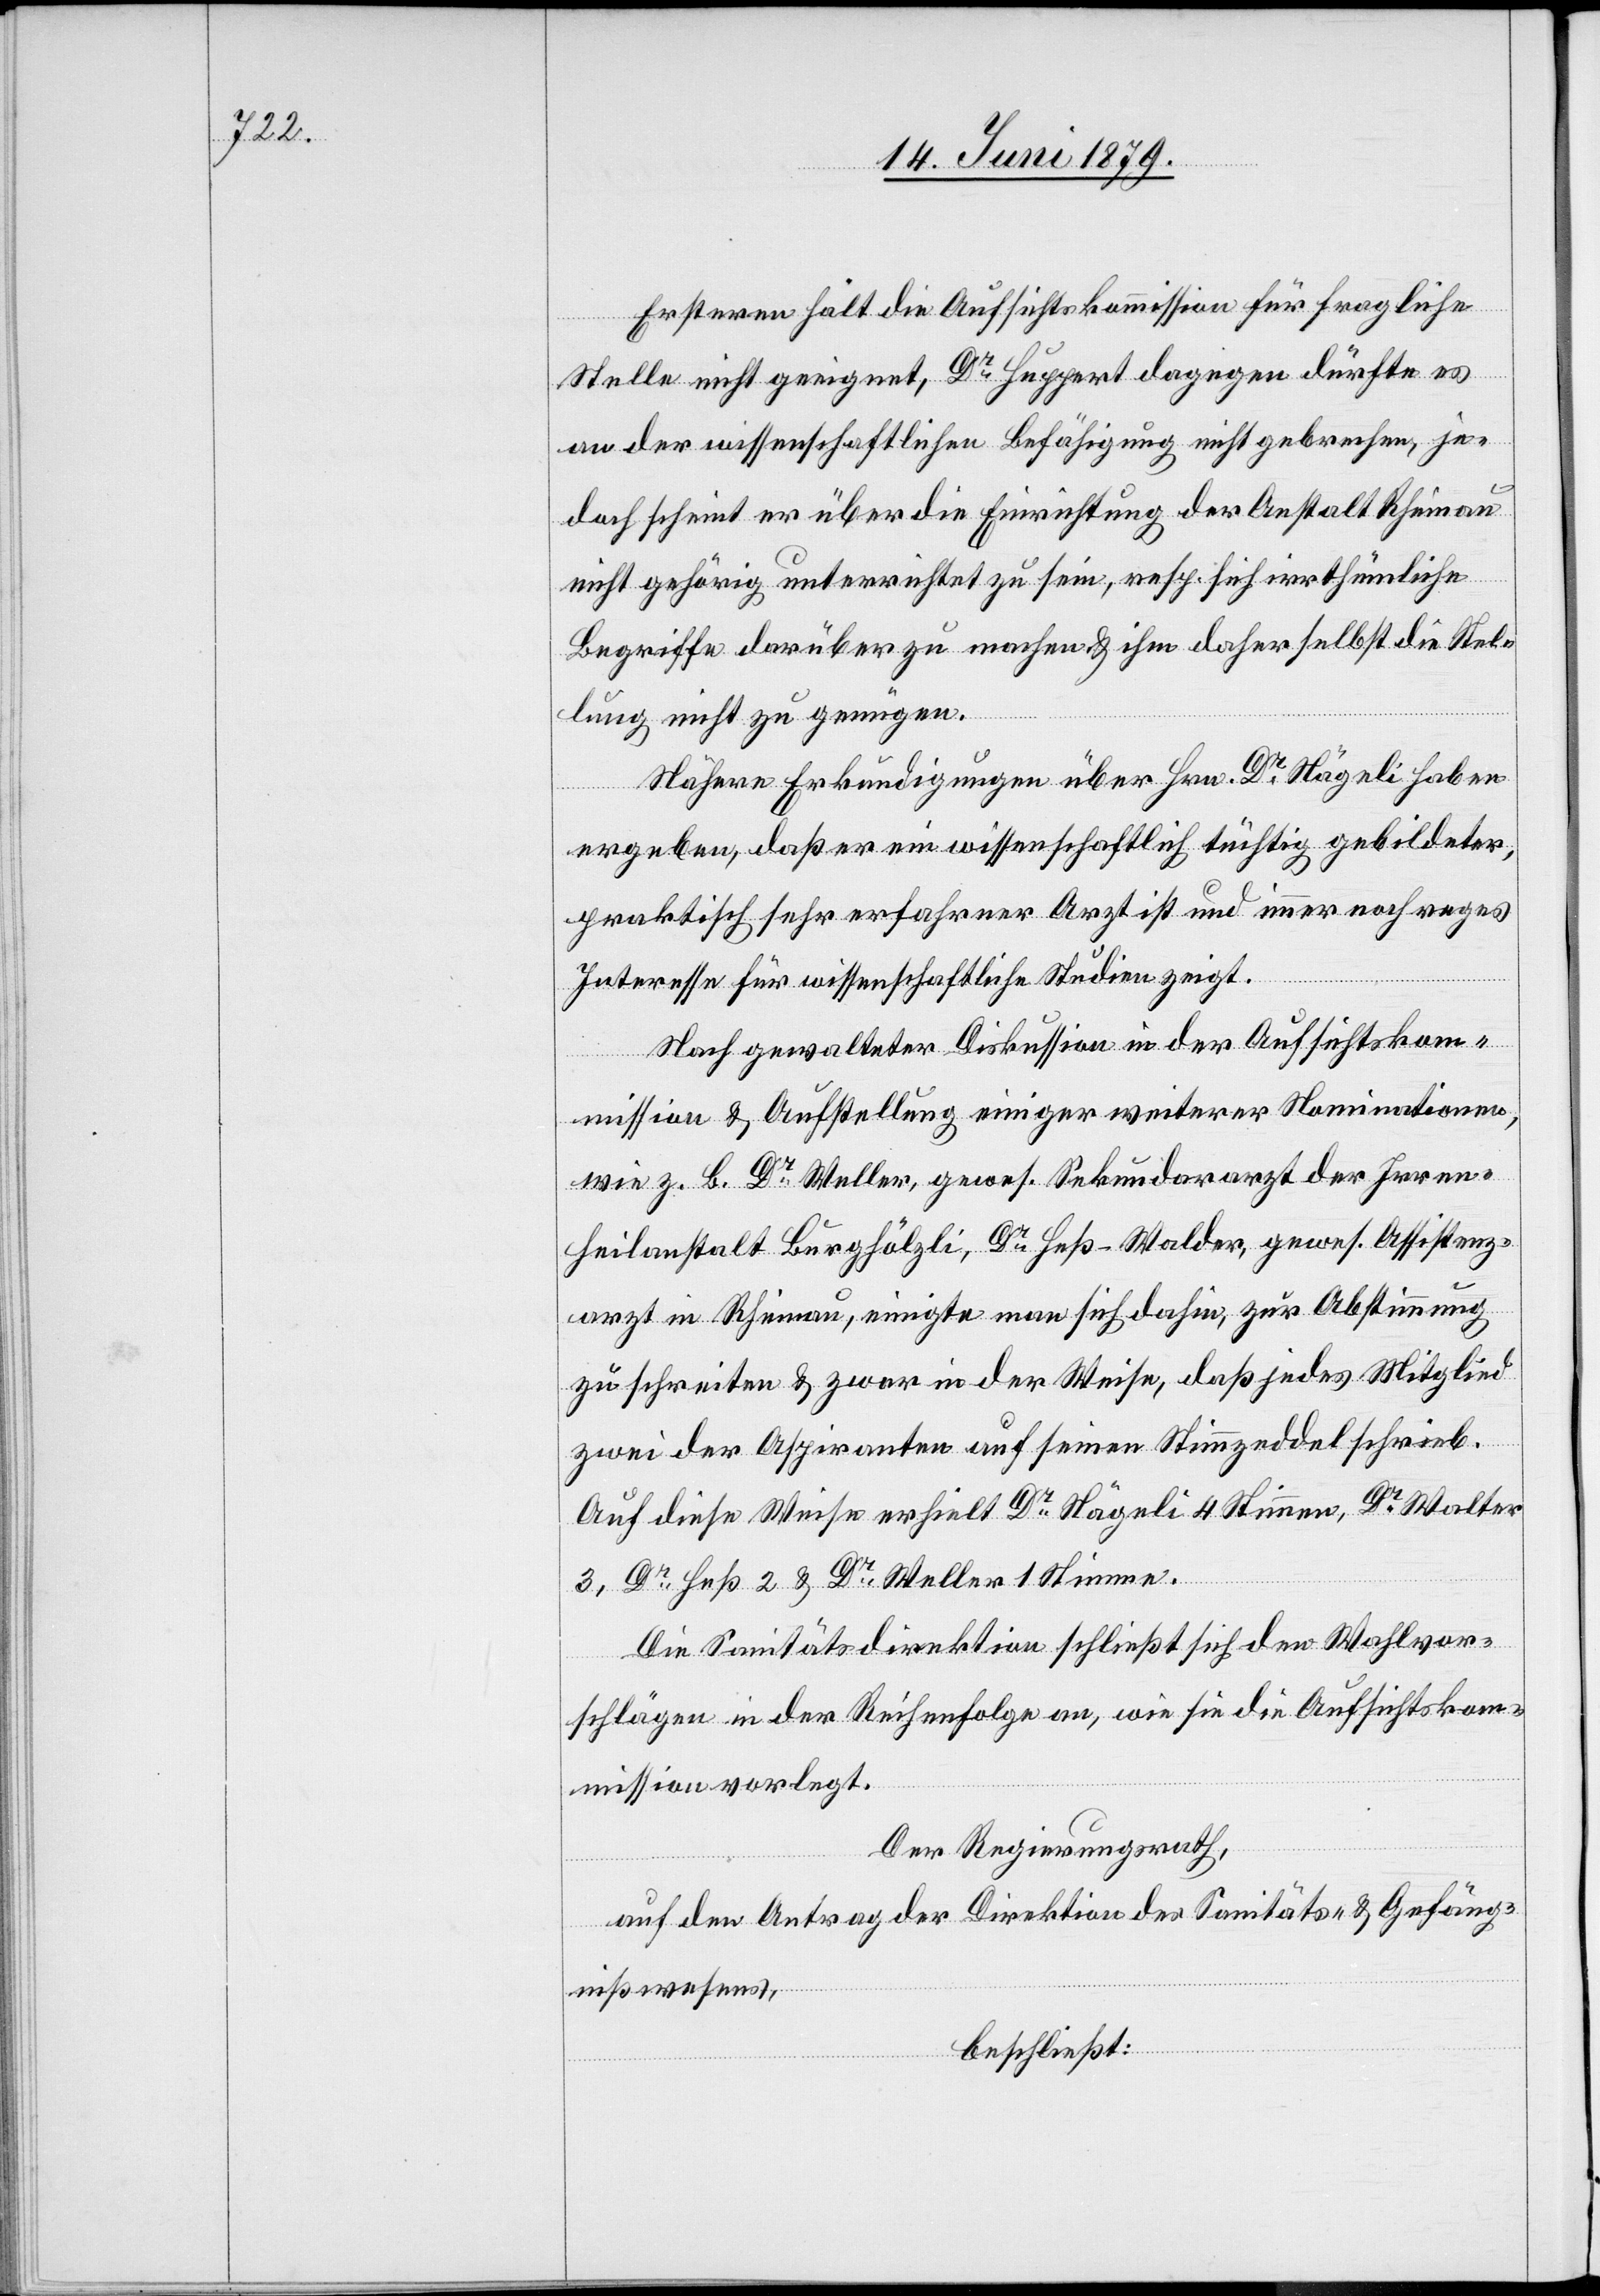
Ersteren hält die Aufsichtskommission für fragliche
Stelle nicht geeignet, Dr Huppert dagegen dürfte es
an der wissenschaftlichen Befähigung nicht gebrechen, je¬
doch scheint er über die Einrichtung der Anstalt Rheinau
nicht gehörig unterrichtet zu sein, resp. sich irrthümliche
Begriffe darüber zu machen & ihm daher selbst die Stel¬
lung nicht zu genügen.
Nähere Erkundigungen über Hrn. Dr Nägeli haben
ergeben, daß er ein wissenschaftlich tüchtig gebildeter,
praktisch sehr erfahrner Arzt ist und immer noch reges
Interesse für wissenschaftliche Studien zeigt.
Nach gewalteter Diskussion in der Aufsichtskom¬
mission & Aufstellung einiger weiterer Nominationen,
wie z. B. Dr Weller, gewes. Sekundararzt der Irren¬
heilanstalt Burghölzli, Dr Heß-Walder, gewes. Assistenz¬
arzt in Rheinau, einigte man sich dahin, zur Abstimmung
zu schreiten & zwar in der Weise, daß jedes Mitglied
zwei der Aspiranten auf seinen Stimmzeddel schrieb.
Auf diese Weise erhielt Dr Nägeli 4 Stimmen, Dr Walter
3, Dr Heß 2 & Dr Weller 1 Stimme.
Die Sanitätsdirektion schließt sich den Wahlvor¬
schlägen in der Reihenfolge an, wie sie die Aufsichtskom¬
mission vorlegt.
Der Regierungsrath,
auf den Antrag der Direktion des Sanitäts- und Gefäng¬
nißwesens,
beschließt: